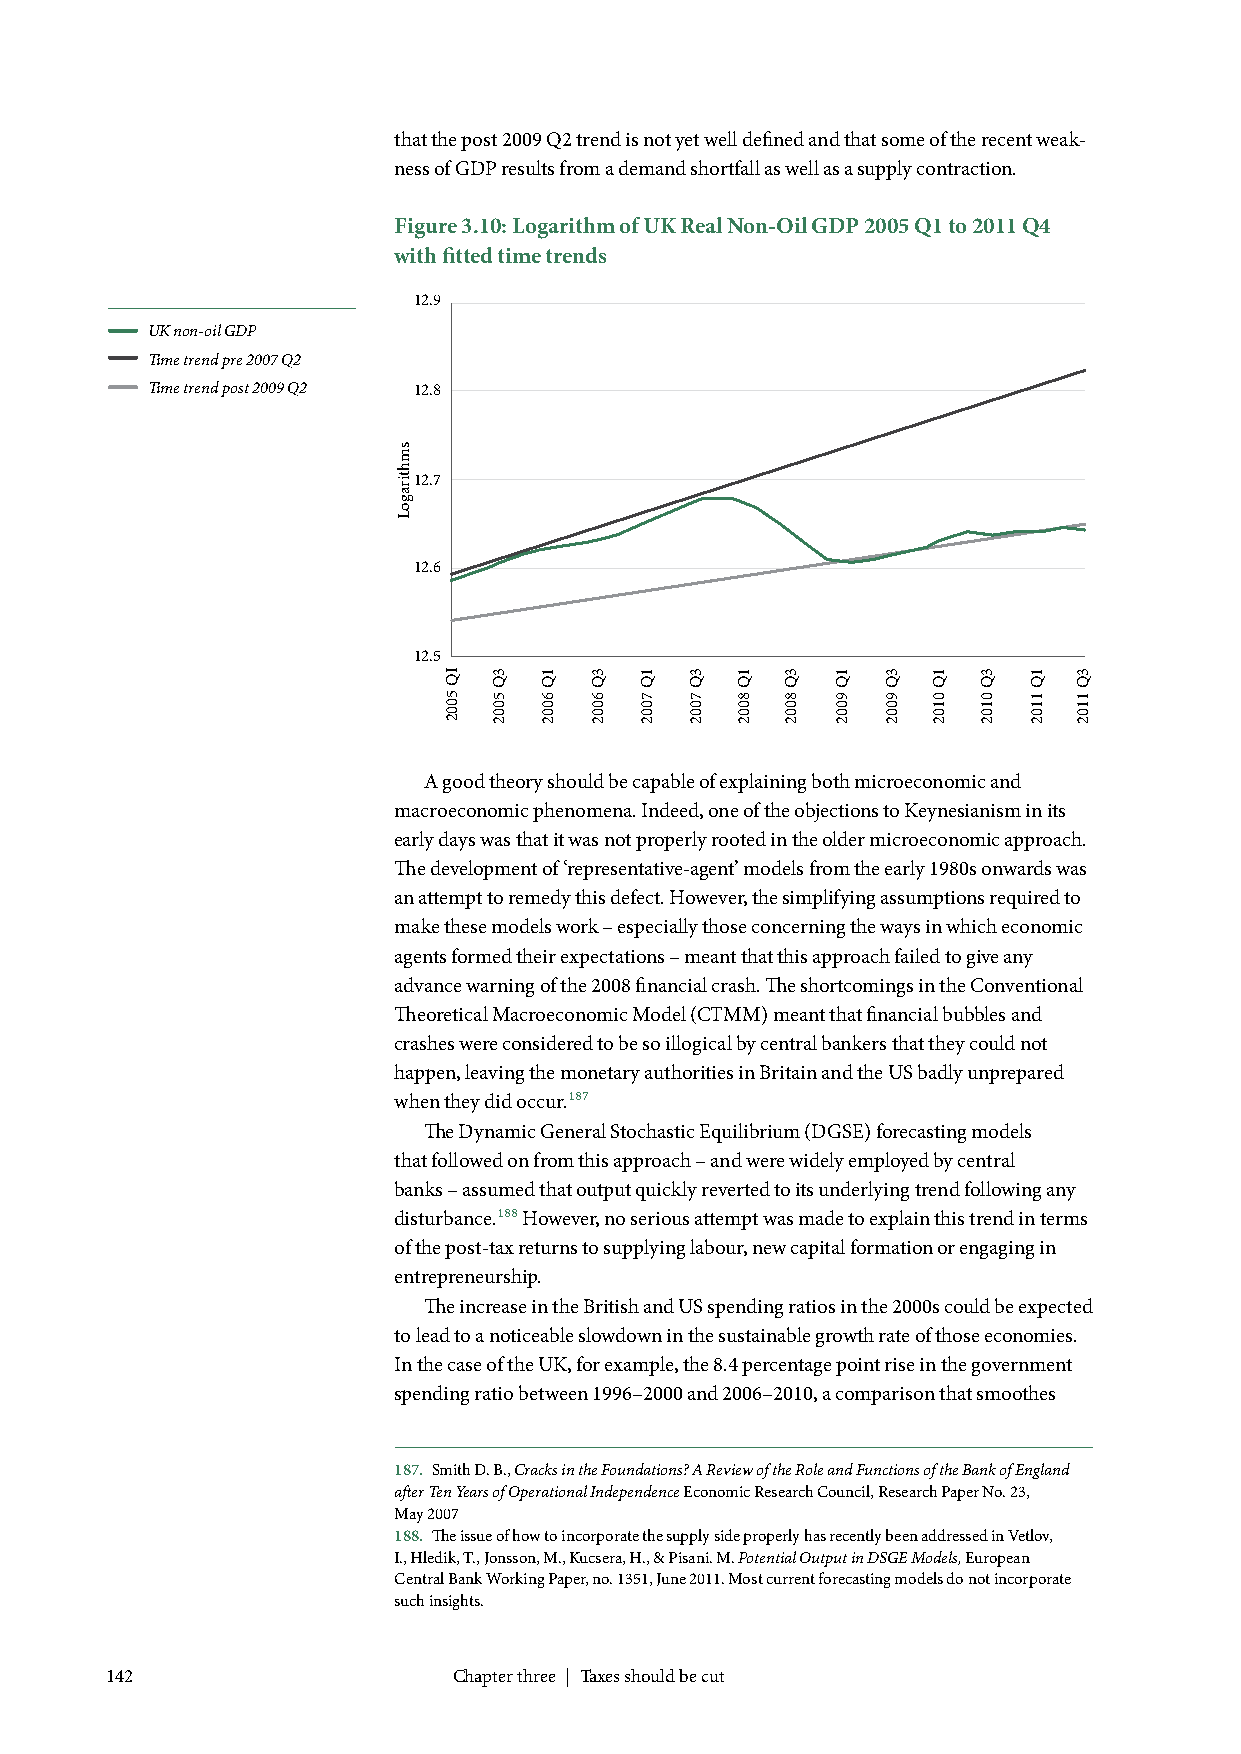
that the post 2009 Q2 trend is not yet well defined and that some of the recent weak-
 ness of GDP results from a demand shortfall as well as a supply contraction.
 Figure 3.10: Logarithm of UK Real Non-Oil GDP 2005 Q1 to 2011 Q4
 with fitted time trends
 12.9
 UK non-oil GDP
 Time trend pre 2007 Q2
 Time trend post 2009 Q2 12.8
 12.7
 12.6
 12.5
 A good theory should be capable of explaining both microeconomic and
 macroeconomic phenomena. Indeed, one of the objections to Keynesianism in its
 early days was that it was not properly rooted in the older microeconomic approach.
 The development of ‘representative-agent’ models from the early 1980s onwards was
 an attempt to remedy this defect. However, the simplifying assumptions required to
 make these models work – especially those concerning the ways in which economic
 agents formed their expectations – meant that this approach failed to give any
 advance warning of the 2008 financial crash. The shortcomings in the Conventional
 Theoretical Macroeconomic Model (CTMM) meant that financial bubbles and
 crashes were considered to be so illogical by central bankers that they could not
 happen, leaving the monetary authorities in Britain and the US badly unprepared
 when they did occur.187
 The Dynamic General Stochastic Equilibrium (DGSE) forecasting models
 that followed on from this approach – and were widely employed by central
 banks – assumed that output quickly reverted to its underlying trend following any
 disturbance.188 However, no serious attempt was made to explain this trend in terms
 of the post-tax returns to supplying labour, new capital formation or engaging in
 entrepreneurship.
 The increase in the British and US spending ratios in the 2000s could be expected
 to lead to a noticeable slowdown in the sustainable growth rate of those economies.
 In the case of the UK, for example, the 8.4 percentage point rise in the government
 spending ratio between 1996–2000 and 2006–2010, a comparison that smoothes
 187. Smith D. B., Cracks in the Foundations? A Review of the Role and Functions of the Bank of England
 after Ten Years of Operational Independence Economic Research Council, Research Paper No. 23,
 May 2007
 188. The issue of how to incorporate the supply side properly has recently been addressed in Vetlov,
 I., Hledik, T., Jonsson, M., Kucsera, H., & Pisani. M. Potential Output in DSGE Models, European
 Central Bank Working Paper, no. 1351, June 2011. Most current forecasting models do not incorporate
 such insights.
 142                    Chapter three | Taxes should be cut
 smhtiragoL
 IQ
 5002
 3Q
 5002
 1Q
 6002
 3Q
 6002
 1Q
 7002
 3Q
 7002
 1Q
 8002
 3Q
 8002
 1Q
 9002
 3Q
 9002
 1Q
 0102
 3Q
 0102
 1Q
 1102
 3Q
 1102